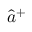
\hat { a } ^ { + }